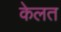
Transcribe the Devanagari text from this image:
केलत